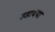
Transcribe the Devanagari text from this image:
उडायचा